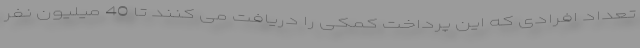
تعداد افرادی که این پرداخت کمکی را دریافت می کنند تا 40 میلیون نفر